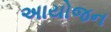
અાયોજન